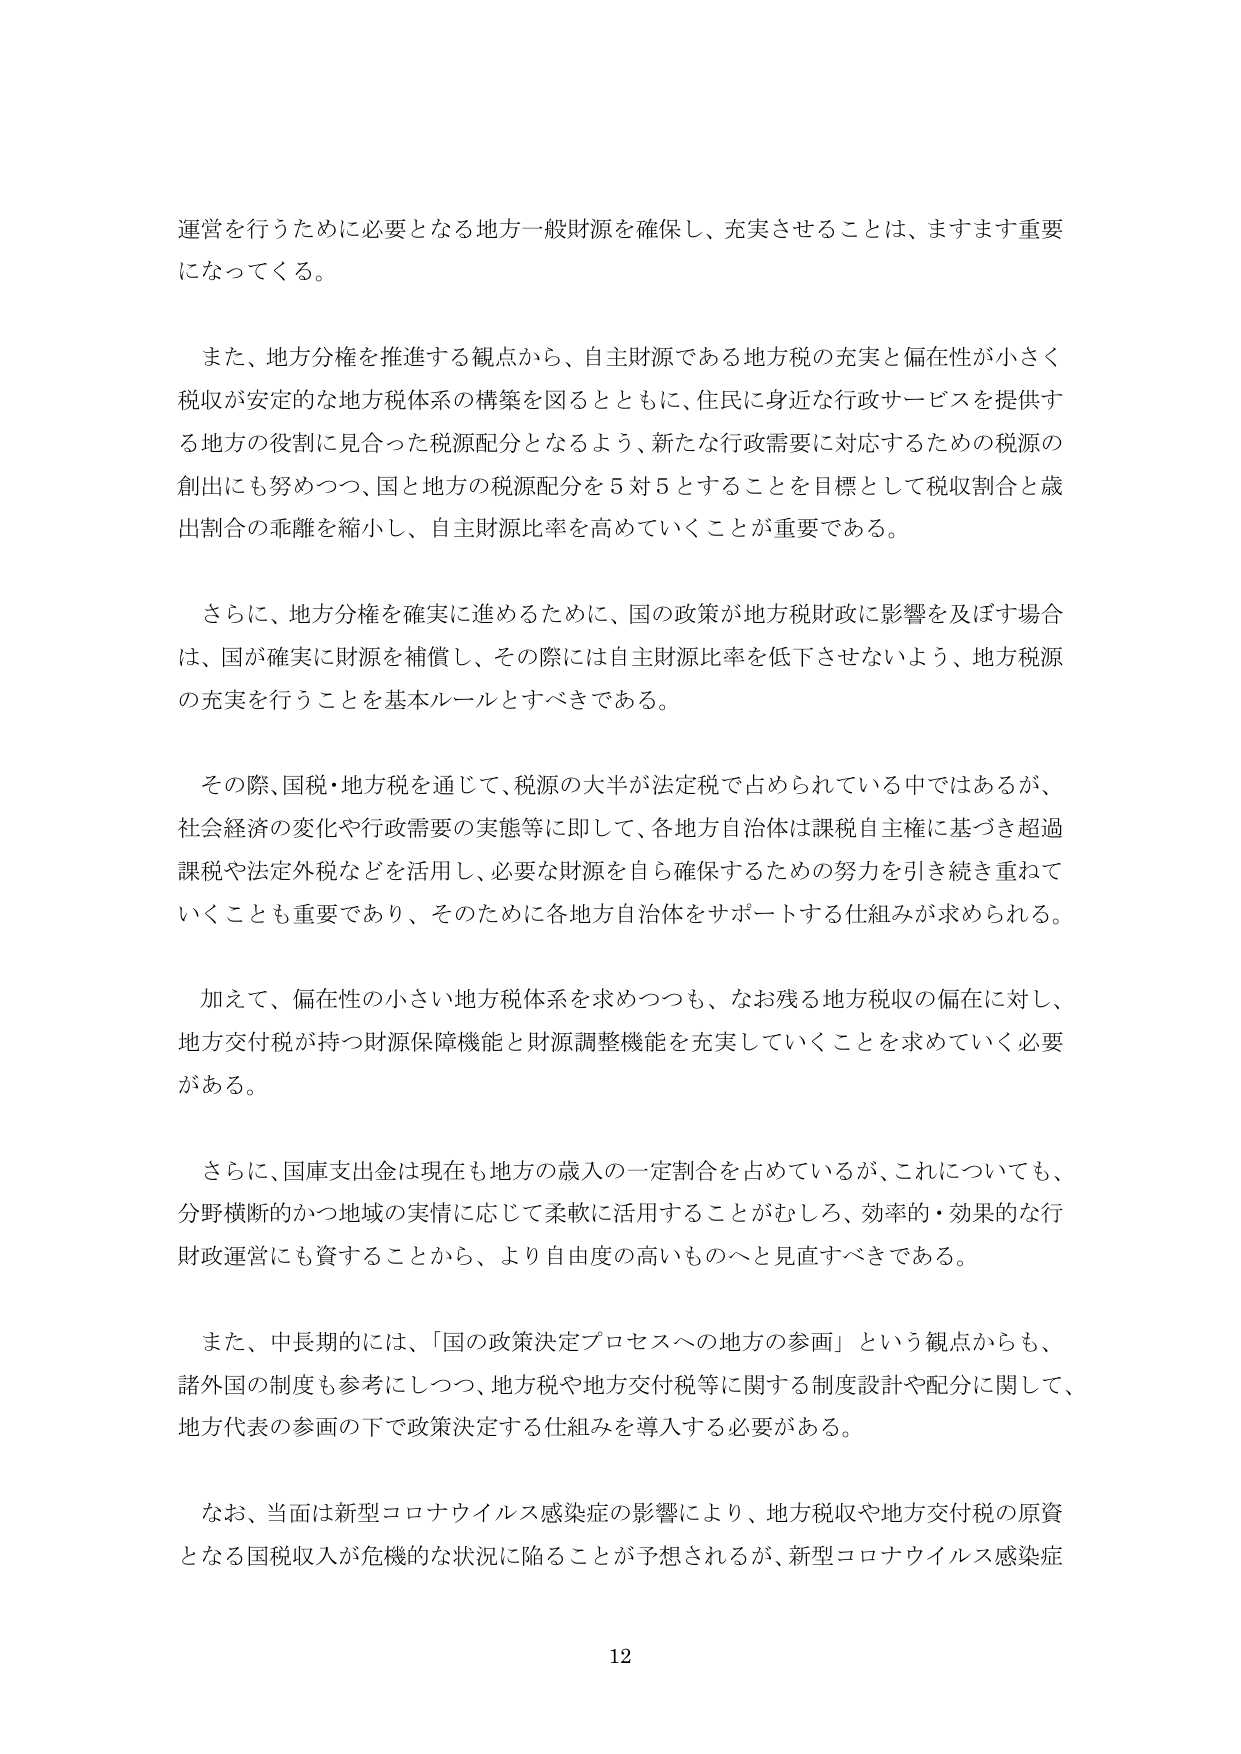
運営を行うために必要となる地方一般財源を確保し、充実させることは、ますます重要になってくる。

また、地方分権を推進する観点から、自主財源である地方税の充実と偏在性が小さく税収が安定的な地方税体系の構築を図るとともに、住民に身近な行政サービスを提供する地方の役割に見合った税源配分となるよう、新たな行政需要に対応するための税源の創出にも努めつつ、国と地方の税源配分を５対５とすることを目標として税収割合と歳出割合の乖離を縮小し、自主財源比率を高めていくことが重要である。

さらに、地方分権を確実に進めるために、国の政策が地方税財政に影響を及ぼす場合は、国が確実に財源を補償し、その際には自主財源比率を低下させないよう、地方税源の充実を行うことを基本ルールとすべきである。

その際、国税・地方税を通じて、税源の大半が法定税で占められている中ではあるが、社会経済の変化や行政需要の実態等に即して、各地方自治体は課税自主権に基づき超過課税や法定外税などを活用し、必要な財源を自ら確保するための努力を引き続き重ねていくことも重要であり、そのために各地方自治体をサポートする仕組みが求められる。

加えて、偏在性の小さい地方税体系を求めつつも、なお残る地方税収の偏在に対し、地方交付税が持つ財源保障機能と財源調整機能を充実していくことを求めていく必要がある。

さらに、国庫支出金は現在も地方の歳入の一定割合を占めているが、これについても、分野横断的かつ地域の実情に応じて柔軟に活用することがむしろ、効率的・効果的な行政財政運営にも資することから、より自由度の高いものへと見直すべきである。

また、中長期的には、「国の政策決定プロセスへの地方の参画」という観点からも、諸外国の制度も参考にしつつ、地方税や地方交付税等に関する制度設計や配分に関して、地方代表の参画の下で政策決定する仕組みを導入する必要がある。

なお、当面は新型コロナウイルス感染症の影響により、地方税収や地方交付税の原資となる国税収入が危機的な状況に陥ることが予想されるが、新型コロナウイルス感染症

12